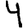
Digit: 4